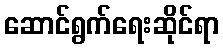
ဆောင်ရွက်ရေးဆိုင်ရာ